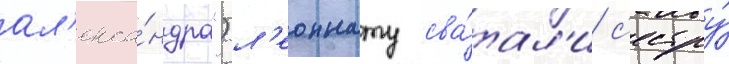
ал'екса́ндра") л'еоннату сва́тал'и с'естру́